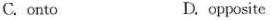
C. onto D. opposite